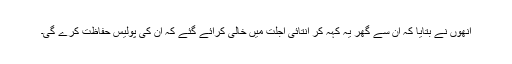
اُنھوں نے بتایا کہ اُن سے گھر یہ کہہ کر انتائی اجلت میں خالی کرائے گئے کہ اُن کی پولیس حفاظت کرے گی۔